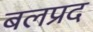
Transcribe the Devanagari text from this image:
बलप्रद